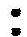
: